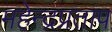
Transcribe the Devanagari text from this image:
महेन्द्रप्रताप